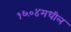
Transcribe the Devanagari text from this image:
१६०४मधील